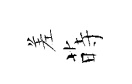
差蒔